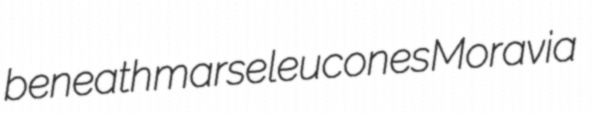
beneath marse leucones Moravia